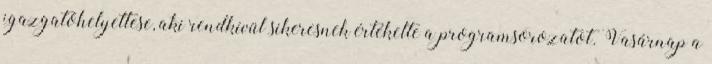
igazgatóhelyettese, aki rendkívül sikeresnek értékelte a programsorozatot. Vasárnap a